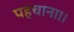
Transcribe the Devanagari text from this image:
पहचाना।।